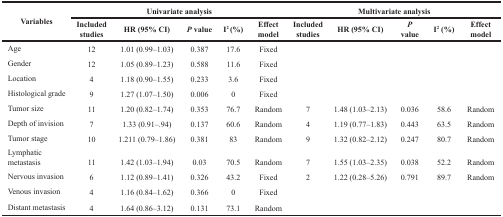
| <ROWSPAN=2> Variables | <COLSPAN=5> Univariate analysis | <COLSPAN=5> Multivariate analysis |
 | Included studies | HR (95% CI) | P value | I2 (%) | Effect model | Included studies | HR (95% CI) | P value | I2 (%) | Effect model |
 | --- | --- | --- | --- | --- | --- | --- | --- | --- | --- | --- |
 | Age | 12 | 1.01 (0.99–1.03) | 0.387 | 17.6 | Fixed |  |  |  |  |  |
 | Gender | 12 | 1.05 (0.89–1.23) | 0.588 | 11.6 | Fixed |  |  |  |  |  |
 | Location | 4 | 1.18 (0.90–1.55) | 0.233 | 3.6 | Fixed |  |  |  |  |  |
 | Histological grade | 9 | 1.27 (1.07–1.50) | 0.006 | 0 | Fixed |  |  |  |  |  |
 | Tumor size | 11 | 1.20 (0.82–1.74) | 0.353 | 76.7 | Random | 7 | 1.48 (1.03–2.13) | 0.036 | 58.6 | Random |
 | Depth of invision | 7 | 1.33 (0.91–.94) | 0.137 | 60.6 | Random | 4 | 1.19 (0.77–1.83) | 0.443 | 63.5 | Random |
 | Tumor stage | 10 | 1.211 (0.79–1.86) | 0.381 | 83 | Random | 9 | 1.32 (0.82–2.12) | 0.247 | 80.7 | Random |
 | Lymphatic metastasis | 11 | 1.42 (1.03–1.94) | 0.03 | 70.5 | Random | 7 | 1.55 (1.03–2.35) | 0.038 | 52.2 | Random |
 | Nervous invasion | 6 | 1.12 (0.89–1.41) | 0.326 | 43.2 | Fixed | 2 | 1.22 (0.28–5.26) | 0.791 | 89.7 | Random |
 | Venous invasion | 4 | 1.16 (0.84–1.62) | 0.366 | 0 | Fixed |  |  |  |  |  |
 | Distant metastasis | 4 | 1.64 (0.86–3.12) | 0.131 | 73.1 | Random |  |  |  |  |  |